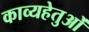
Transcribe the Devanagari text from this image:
काव्यहेतुओं